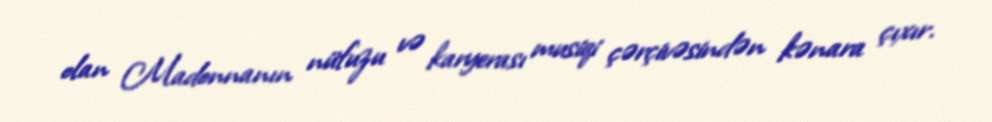
olan Madonnanın nüfuzu və karyerası musiqi çərçivəsindən kənara çıxır.